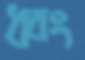
ধ্বং